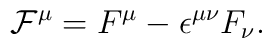
{\cal F}^{\mu}=F^{\mu}-{\epsilon}^{{\mu}{\nu}}F_{\nu}.